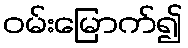
ဝမ်းမြောက်၍